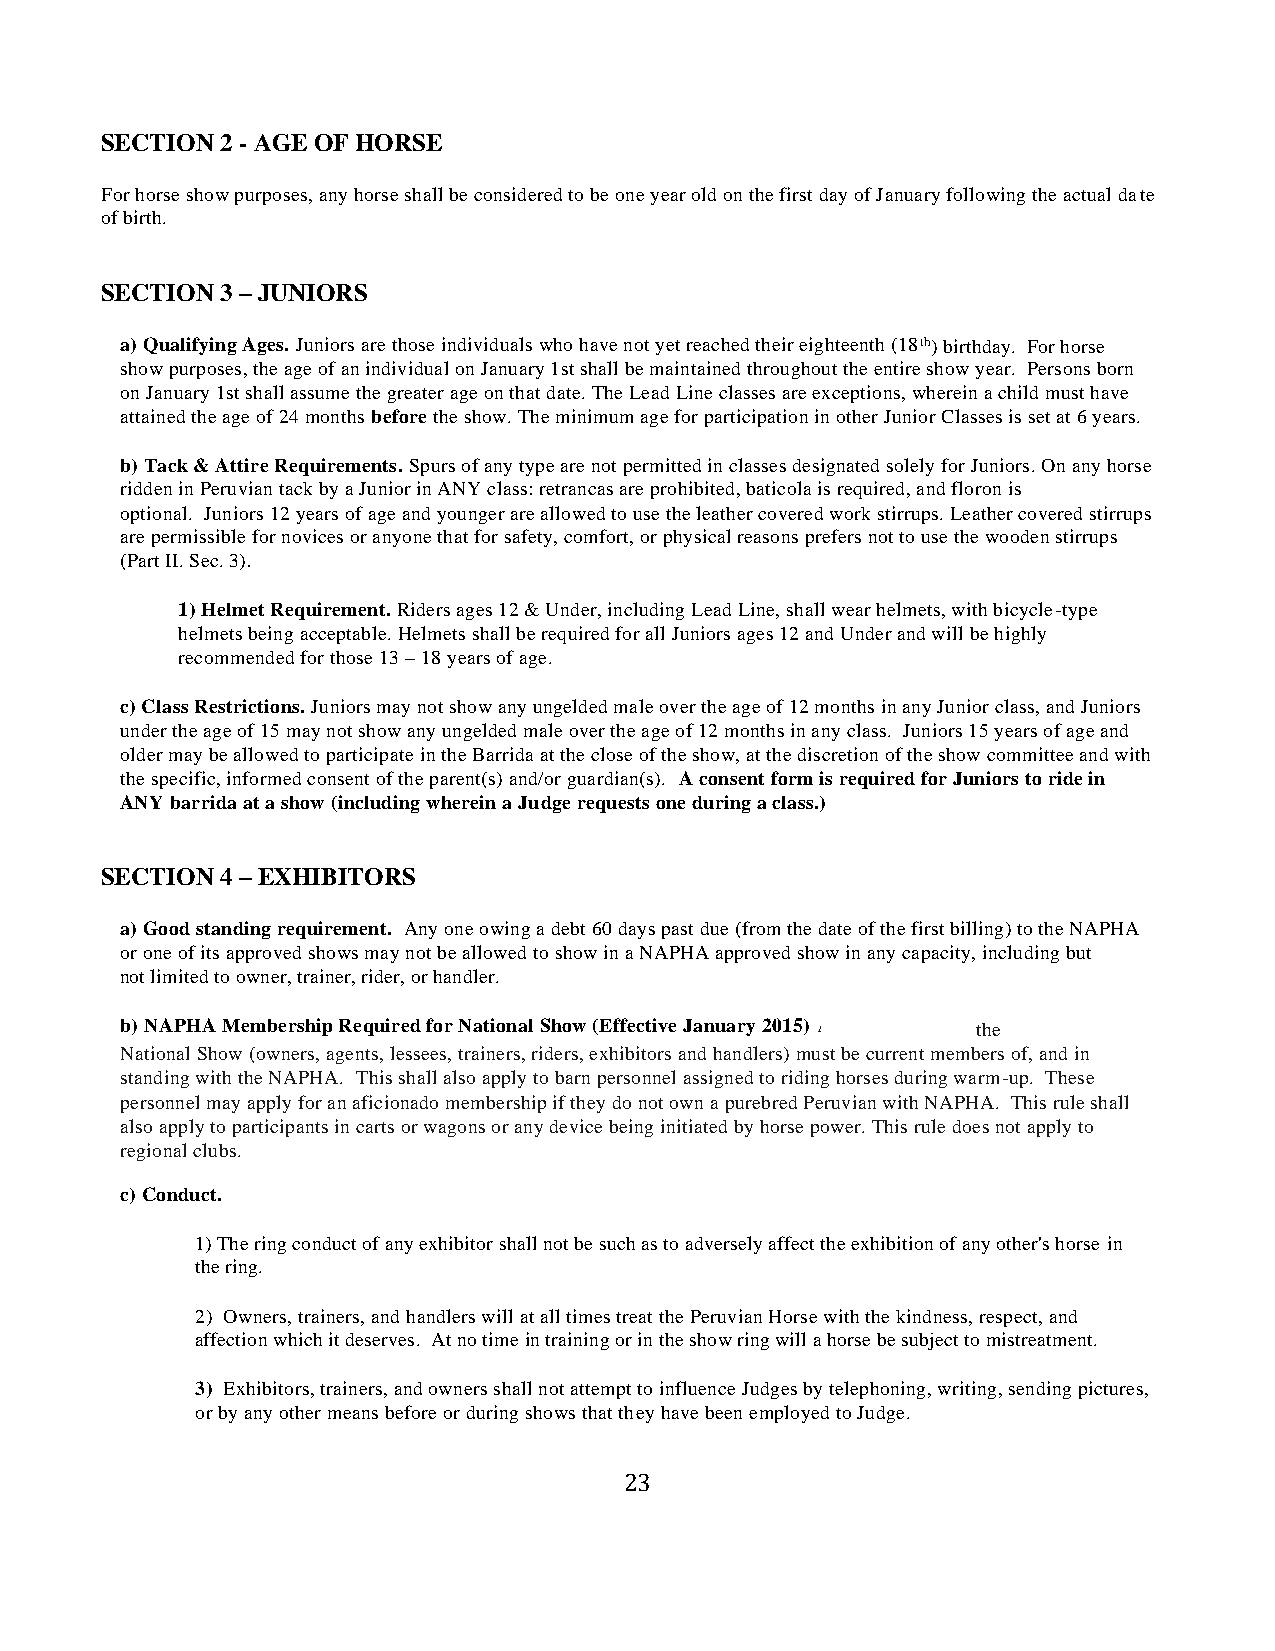
SECTION 2 - AGE OF HORSE
 For horse show purposes, any horse shall be considered to be one year old on the first day of January following the actual date
 of birth.
 SECTION 3 – JUNIORS
 a) Qualifying Ages. Juniors are those individuals who have not yet reached their eighteenth (18 th ) birthday. For horse
 show purposes, the age of an individual on January 1st shall be maintained throughout the entire show year. Persons born
 on January 1st shall assume the greater age on that date. The Lead Line classes are exceptions, wherein a child must have
 attained the age of 24 months before the show. The minimum age for participation in other Junior Classes is set at 6 years.
 b) Tack & Attire Requirements. Spurs of any type are not permitted in classes designated solely for Juniors. On any horse
 ridden in Peruvian tack by a Junior in ANY class: retrancas are prohibited, baticola is required, and floron is
 optional. Juniors 12 years of age and younger are allowed to use the leather covered work stirrups. Leather covered stirrups
 are permissible for novices or anyone that for safety, comfort, or physical reasons prefers not to use the wooden stirrups
 (Part II. Sec. 3).
 1) Helmet Requirement. Riders ages 12 & Under, including Lead Line, shall wear helmets, with bicycle-type
 helmets being acceptable. Helmets shall be required for all Juniors ages 12 and Under and will be highly
 recommended for those 13 – 18 years of age.
 c) Class Restrictions. Juniors may not show any ungelded male over the age of 12 months in any Junior class, and Juniors
 under the age of 15 may not show any ungelded male over the age of 12 months in any class. Juniors 15 years of age and
 older may be allowed to participate in the Barrida at the close of the show, at the discretion of the show committee and with
 the specific, informed consent of the parent(s) and/or guardian(s). A consent form is required for Juniors to ride in
 ANY barrida at a show (including wherein a Judge requests one during a class.)
 SECTION 4 – EXHIBITORS
 a) Good standing requirement. Any one owing a debt 60 days past due (from the date of the first billing) to the NAPHA
 or one of its approved shows may not be allowed to show in a NAPHA approved show in any capacity, including but
 not limited to owner, trainer, rider, or handler.
 b ) NAPHA Membership Required for National Show (Effective January 2015) All participants at the NAPHA
 National Show (owners, agents, lessees, trainers, riders, exhibitors and handlers) must be current members of, and in good
 standing with the NAPHA. This shall also apply to barn personnel assigned to riding horses during warm-up. These
 personnel may apply for an aficionado membership if they do not own a purebred Peruvian with NAPHA. This rule shall
 also apply to participants in carts or wagons or any device being initiated by horse power. This rule does not apply to
 regional clubs.
 c) Conduct.
 1) The ring conduct of any exhibitor shall not be such as to adversely affect the exhibition of any other's horse in
 the ring.
 2) Owners, trainers, and handlers will at all times treat the Peruvian Horse with the kindness, respect, and
 affection which it deserves. At no time in training or in the show ring will a horse be subject to mistreatment.
 3) Exhibitors, trainers, and owners shall not attempt to influence Judges by telephoning, writing, sending pictures,
 or by any other means before or during shows that they have been employed to Judge.
 23